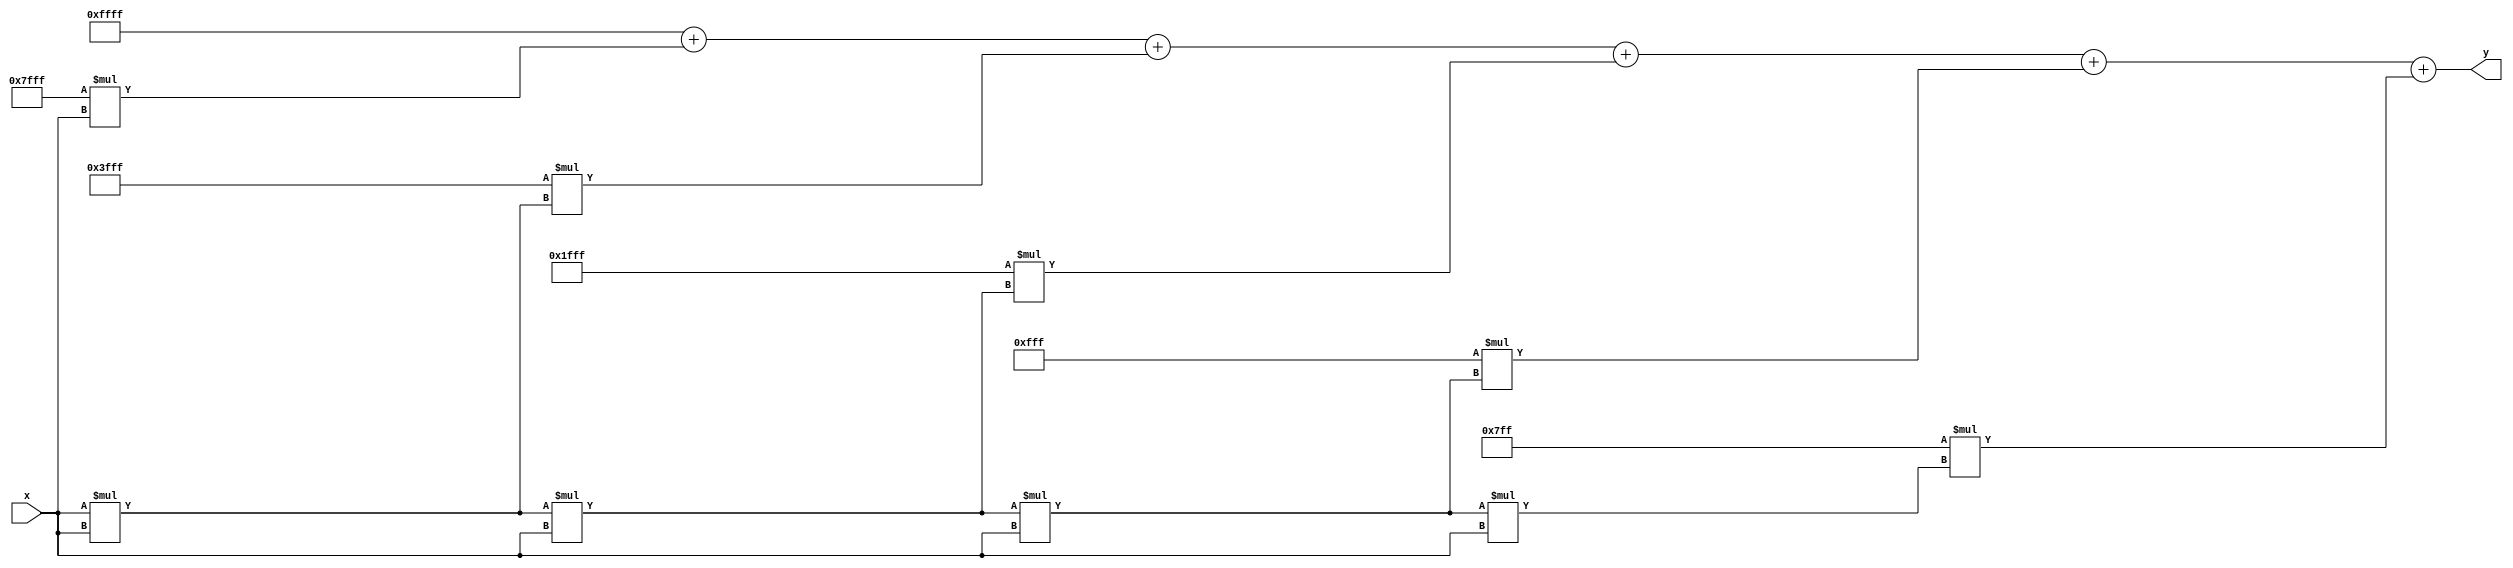
module polynomial_reciprocal (
    input wire [15:0] x,      // Input value (normalized, 0 < x < 1)
    output reg [15:0] y       // Output value (1/x approximation)
);

    // Polynomial coefficients for a 5th degree polynomial approximation
    // These coefficients are placeholders and should be derived from the actual approximation method
    parameter [15:0] C0 = 16'hFFFF; // Coefficient for x^0
    parameter [15:0] C1 = 16'h7FFF; // Coefficient for x^1
    parameter [15:0] C2 = 16'h3FFF; // Coefficient for x^2
    parameter [15:0] C3 = 16'h1FFF; // Coefficient for x^3
    parameter [15:0] C4 = 16'h0FFF; // Coefficient for x^4
    parameter [15:0] C5 = 16'h07FF; // Coefficient for x^5

    // Internal signals
    reg [15:0] x_squared;
    reg [15:0] x_cubed;
    reg [15:0] x_quartic;
    reg [15:0] x_quintic;
    reg [15:0] polynomial;

    always @(*) begin
        // Normalize input if necessary (not implemented here, assuming input is already normalized)
        
        // Compute powers of x
        x_squared = x * x; // x^2
        x_cubed = x_squared * x; // x^3
        x_quartic = x_cubed * x; // x^4
        x_quintic = x_quartic * x; // x^5

        // Evaluate polynomial using Horner's method
        polynomial = C0 + (C1 * x) + (C2 * x_squared) + (C3 * x_cubed) + (C4 * x_quartic) + (C5 * x_quintic);

        // Output the result
        y = polynomial; // Output the polynomial approximation
    end

endmodule